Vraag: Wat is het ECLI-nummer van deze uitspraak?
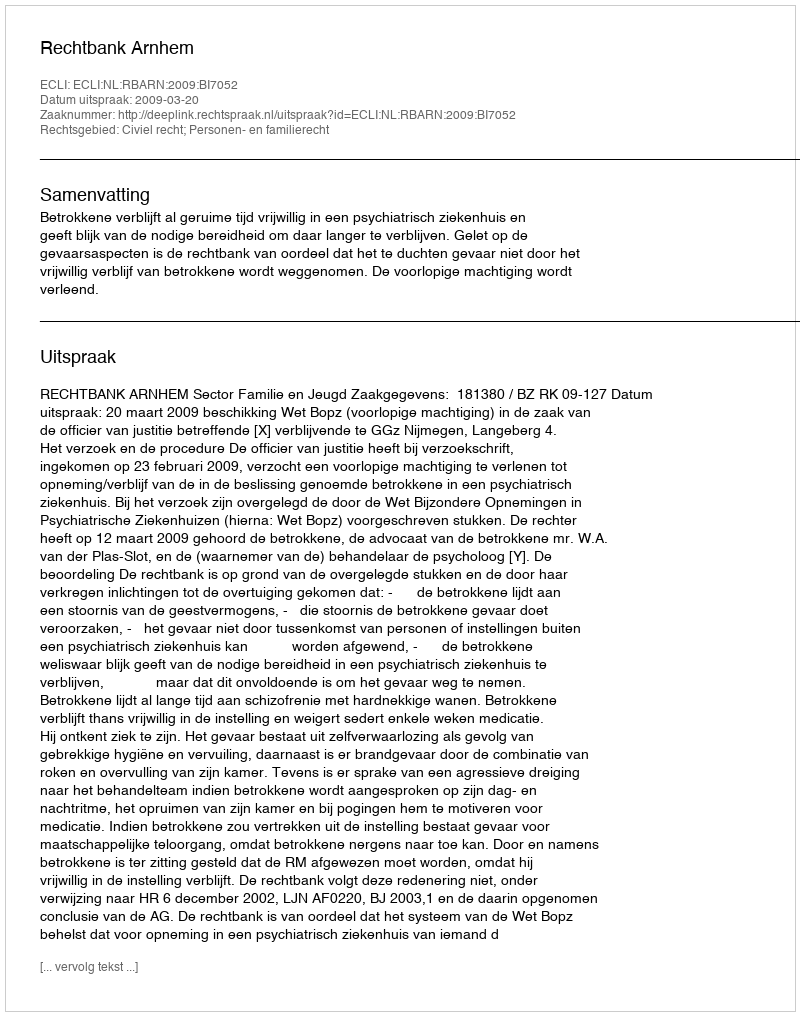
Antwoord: ECLI:NL:RBARN:2009:BI7052